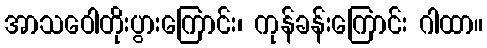
အာသဝေါတိုးပွားကြောင်း၊ ကုန်ခန်းကြောင်း ဂါထာ။